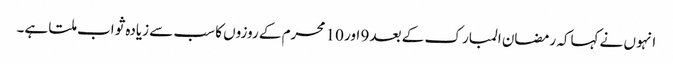
انہو ں نے کہاکہ رمضان المبار ک کے بعد 9 اور 10 محرم کے روزوں کا سب سے زیادہ ثواب ملتا ہے۔